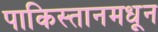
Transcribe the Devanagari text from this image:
पाकिस्तानमधून